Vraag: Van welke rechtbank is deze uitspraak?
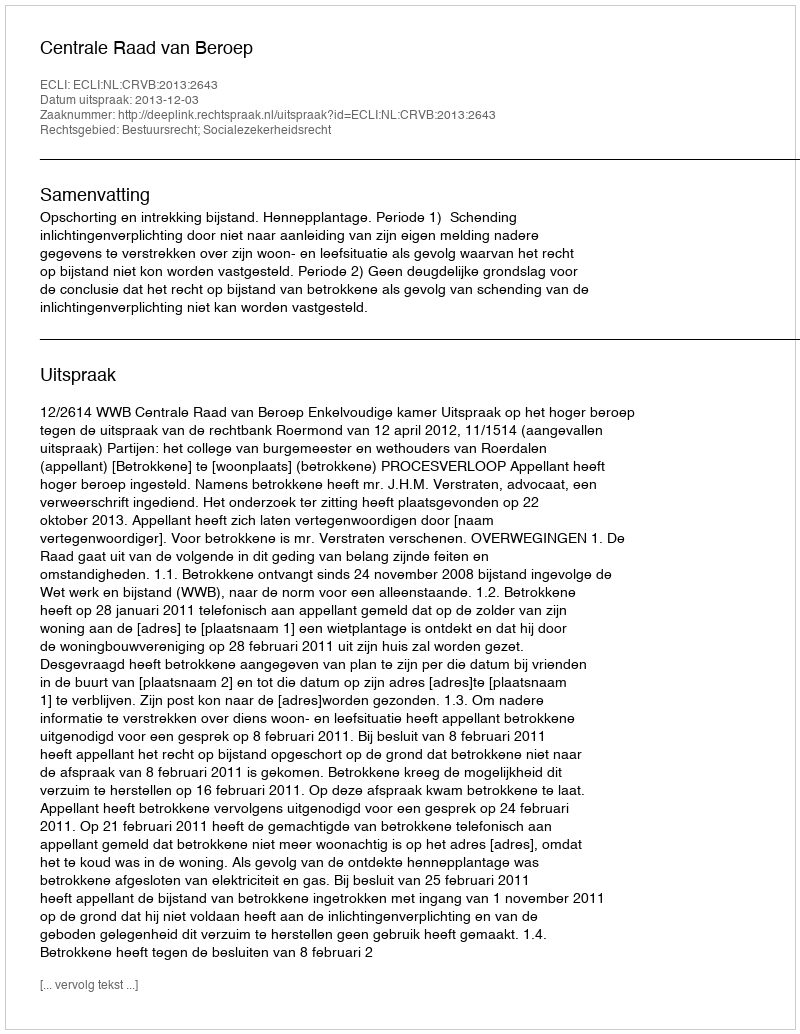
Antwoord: Centrale Raad van Beroep